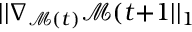
| | \nabla _ { \mathcal { M } ( t ) } \mathcal { M } ( t { + } 1 | | _ { 1 }